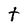
Character: t